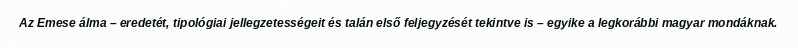
Az Emese álma – eredetét, tipológiai jellegzetességeit és talán első feljegyzését tekintve is – egyike a legkorábbi magyar mondáknak.